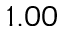
1 . 0 0